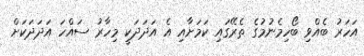
އަހަރު ބެއްވި ބޯހިމެނުމުގެ ތެރޭގައި ކަމަށާއި އެ އަދަދަކީ މިހާރު ސައްހަ އަދަދަކަށް